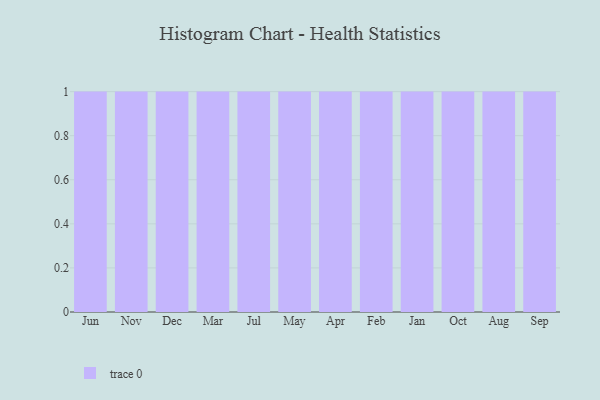
{"axis": {"x": "Month", "y": "Bounce Rate (%)"}, "legend": [""], "data": [{"x": "Jun", "y": 6, "type": ""}, {"x": "Nov", "y": 40, "type": ""}, {"x": "Dec", "y": 24, "type": ""}, {"x": "Mar", "y": 60, "type": ""}, {"x": "Jul", "y": 86, "type": ""}, {"x": "May", "y": 55, "type": ""}, {"x": "Apr", "y": 14, "type": ""}, {"x": "Feb", "y": 3, "type": ""}, {"x": "Jan", "y": 13, "type": ""}, {"x": "Oct", "y": 36, "type": ""}, {"x": "Aug", "y": 45, "type": ""}, {"x": "Sep", "y": 25, "type": ""}]}